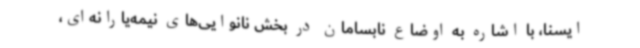
ایسنا، با اشاره به اوضاع نابسامان در بخش نانوایی‌های نیمه‌یارانه‌ای،